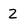
Character: 2